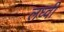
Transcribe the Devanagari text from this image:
लध्वी